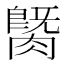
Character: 𦟡